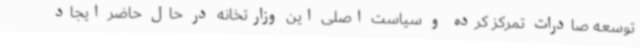
توسعه صادرات تمرکز کرده و سیاست اصلی این وزارتخانه در حال حاضر ایجاد